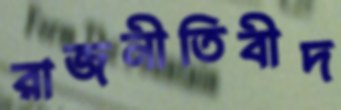
রাজনীতিবীদ